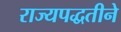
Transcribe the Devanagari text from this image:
राज्यपद्धतीने